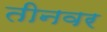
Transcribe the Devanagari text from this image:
तीनवर